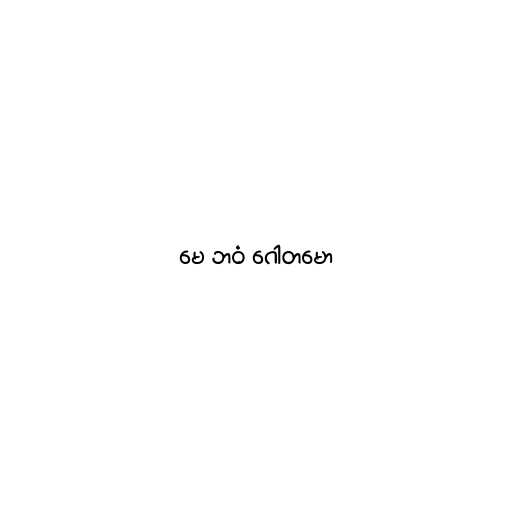
မေ ဘဝံ ဂေါတမော